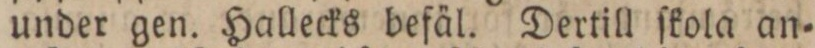
under gen. Hallecks befäl. Dertill ſkola an=